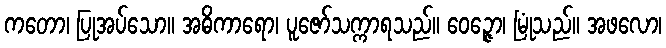
ကတော၊ ပြုအပ်သော။ အဓိကာရော၊ ပူဇော်သက္ကာရသည်။ ဝေဉ္ဇော၊ မြုံသည်။ အဖလော၊